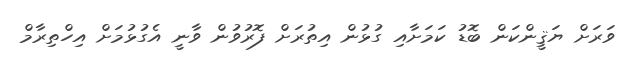
ވަރަށް ޔަޤީންކަން ބޮޑު ކަމަށާއި ގުޅުން އިތުރަށް ފޮރުވުން ވާނީ އެގުޅުމަށް އިހްތިރާމް